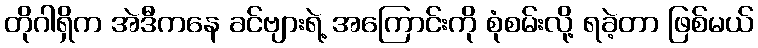
တိုဂါရှိက အဲဒီကနေ ခင်ဗျားရဲ့ အကြောင်းကို စုံစမ်းလို့ ရခဲ့တာ ဖြစ်မယ်